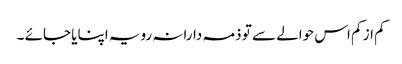
کم از کم اس حوالے سے تو ذمہ دارانہ رویہ اپنایا جائے ۔